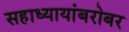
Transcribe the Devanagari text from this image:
सहाध्यायांबरोबर